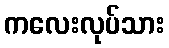
ကလေးလုပ်သား